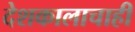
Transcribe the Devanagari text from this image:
देशकालाचाही